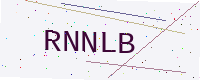
Text: RNNLB